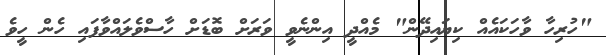
"ހުރިހާ ވާހަކައެއް ކިޔައިދޭން" މެއްދީ އިންނެވީ ވަރަށް ބޮޑަށް ހާސްވެލައްވާފައި ހެން ހީވެ